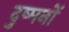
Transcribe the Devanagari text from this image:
दुष्मनों